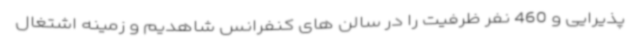
پذیرایی و 460 نفر ظرفیت را در سالن های کنفرانس شاهدیم و زمینه اشتغال